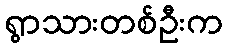
ရွာသားတစ်ဦးက